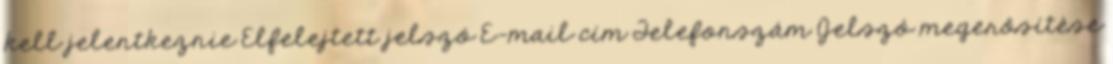
kell jelentkeznie Elfelejtett jelszó E-mail cím Telefonszám Jelszó megerősítése